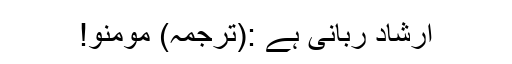
ارشادِ ربانی ہے :(ترجمہ) مومنو!